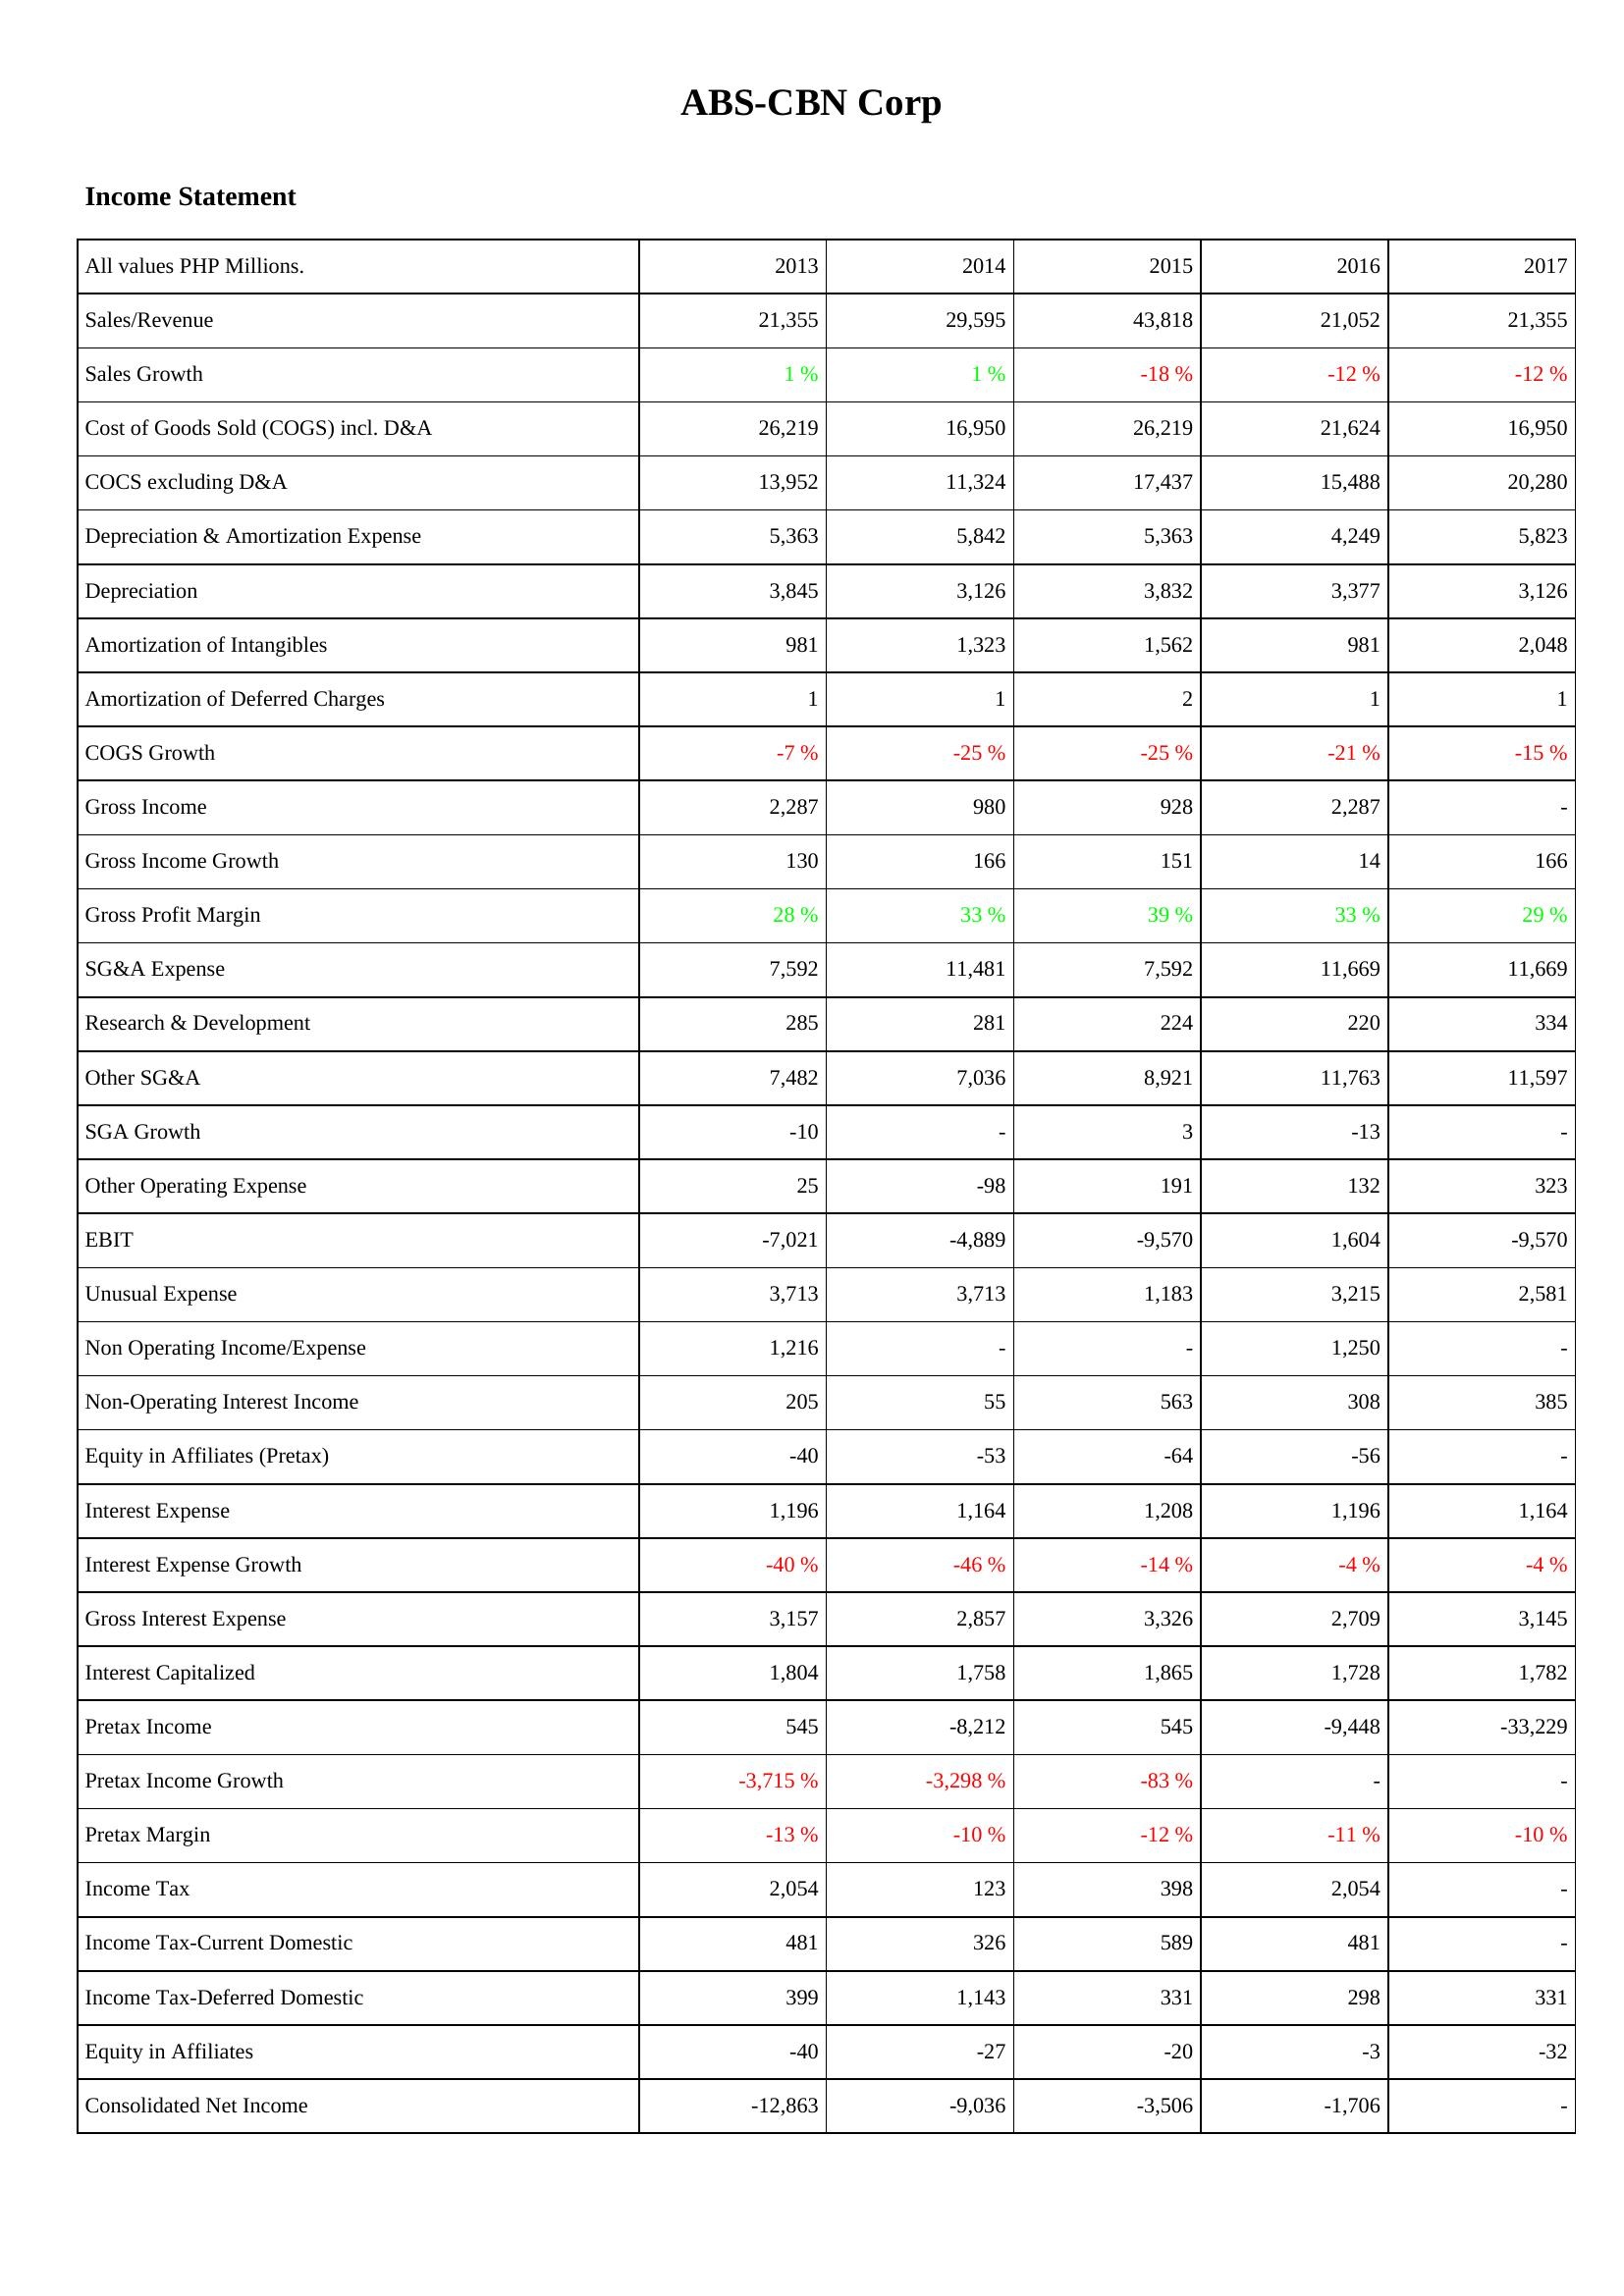
2013: Income Statement: Sales/Revenue: 21,355
Sales Growth: 1 %
Cost of Goods Sold (COGS) incl. D&A: 26,219
COCS excluding D&A: 13,952
Depreciation & Amortization Expense: 5,363
Depreciation: 3,845
Amortization of Intangibles: 981
Amortization of Deferred Charges: 1
COGS Growth: -7 %
Gross Income: 2,287
Gross Income Growth: 130
Gross Profit Margin: 28 %
SG&A Expense: 7,592
Research & Development: 285
Other SG&A: 7,482
SGA Growth: -10
Other Operating Expense: 25
EBIT: -7,021
Unusual Expense: 3,713
Non Operating Income/Expense: 1,216
Non-Operating Interest Income: 205
Equity in Affiliates (Pretax): -40
Interest Expense: 1,196
Interest Expense Growth: -40 %
Gross Interest Expense: 3,157
Interest Capitalized: 1,804
Pretax Income: 545
Pretax Income Growth: -3,715 %
Pretax Margin: -13 %
Income Tax: 2,054
Income Tax-Current Domestic: 481
Income Tax-Deferred Domestic: 399
Equity in Affiliates: -40
Consolidated Net Income: -12,863
2014: Income Statement: Sales/Revenue: 29,595
Sales Growth: 1 %
Cost of Goods Sold (COGS) incl. D&A: 16,950
COCS excluding D&A: 11,324
Depreciation & Amortization Expense: 5,842
Depreciation: 3,126
Amortization of Intangibles: 1,323
Amortization of Deferred Charges: 1
COGS Growth: -25 %
Gross Income: 980
Gross Income Growth: 166
Gross Profit Margin: 33 %
SG&A Expense: 11,481
Research & Development: 281
Other SG&A: 7,036
SGA Growth: -
Other Operating Expense: -98
EBIT: -4,889
Unusual Expense: 3,713
Non Operating Income/Expense: -
Non-Operating Interest Income: 55
Equity in Affiliates (Pretax): -53
Interest Expense: 1,164
Interest Expense Growth: -46 %
Gross Interest Expense: 2,857
Interest Capitalized: 1,758
Pretax Income: -8,212
Pretax Income Growth: -3,298 %
Pretax Margin: -10 %
Income Tax: 123
Income Tax-Current Domestic: 326
Income Tax-Deferred Domestic: 1,143
Equity in Affiliates: -27
Consolidated Net Income: -9,036
2015: Income Statement: Sales/Revenue: 43,818
Sales Growth: -18 %
Cost of Goods Sold (COGS) incl. D&A: 26,219
COCS excluding D&A: 17,437
Depreciation & Amortization Expense: 5,363
Depreciation: 3,832
Amortization of Intangibles: 1,562
Amortization of Deferred Charges: 2
COGS Growth: -25 %
Gross Income: 928
Gross Income Growth: 151
Gross Profit Margin: 39 %
SG&A Expense: 7,592
Research & Development: 224
Other SG&A: 8,921
SGA Growth: 3
Other Operating Expense: 191
EBIT: -9,570
Unusual Expense: 1,183
Non Operating Income/Expense: -
Non-Operating Interest Income: 563
Equity in Affiliates (Pretax): -64
Interest Expense: 1,208
Interest Expense Growth: -14 %
Gross Interest Expense: 3,326
Interest Capitalized: 1,865
Pretax Income: 545
Pretax Income Growth: -83 %
Pretax Margin: -12 %
Income Tax: 398
Income Tax-Current Domestic: 589
Income Tax-Deferred Domestic: 331
Equity in Affiliates: -20
Consolidated Net Income: -3,506
2016: Income Statement: Sales/Revenue: 21,052
Sales Growth: -12 %
Cost of Goods Sold (COGS) incl. D&A: 21,624
COCS excluding D&A: 15,488
Depreciation & Amortization Expense: 4,249
Depreciation: 3,377
Amortization of Intangibles: 981
Amortization of Deferred Charges: 1
COGS Growth: -21 %
Gross Income: 2,287
Gross Income Growth: 14
Gross Profit Margin: 33 %
SG&A Expense: 11,669
Research & Development: 220
Other SG&A: 11,763
SGA Growth: -13
Other Operating Expense: 132
EBIT: 1,604
Unusual Expense: 3,215
Non Operating Income/Expense: 1,250
Non-Operating Interest Income: 308
Equity in Affiliates (Pretax): -56
Interest Expense: 1,196
Interest Expense Growth: -4 %
Gross Interest Expense: 2,709
Interest Capitalized: 1,728
Pretax Income: -9,448
Pretax Income Growth: -
Pretax Margin: -11 %
Income Tax: 2,054
Income Tax-Current Domestic: 481
Income Tax-Deferred Domestic: 298
Equity in Affiliates: -3
Consolidated Net Income: -1,706
2017: Income Statement: Sales/Revenue: 21,355
Sales Growth: -12 %
Cost of Goods Sold (COGS) incl. D&A: 16,950
COCS excluding D&A: 20,280
Depreciation & Amortization Expense: 5,823
Depreciation: 3,126
Amortization of Intangibles: 2,048
Amortization of Deferred Charges: 1
COGS Growth: -15 %
Gross Income: -
Gross Income Growth: 166
Gross Profit Margin: 29 %
SG&A Expense: 11,669
Research & Development: 334
Other SG&A: 11,597
SGA Growth: -
Other Operating Expense: 323
EBIT: -9,570
Unusual Expense: 2,581
Non Operating Income/Expense: -
Non-Operating Interest Income: 385
Equity in Affiliates (Pretax): -
Interest Expense: 1,164
Interest Expense Growth: -4 %
Gross Interest Expense: 3,145
Interest Capitalized: 1,782
Pretax Income: -33,229
Pretax Income Growth: -
Pretax Margin: -10 %
Income Tax: -
Income Tax-Current Domestic: -
Income Tax-Deferred Domestic: 331
Equity in Affiliates: -32
Consolidated Net Income: -